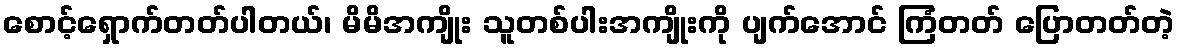
စောင့်ရှောက်တတ်ပါတယ်၊ မိမိအကျိုး သူတစ်ပါးအကျိုးကို ပျက်အောင် ကြံတတ် ပြောတတ်တဲ့